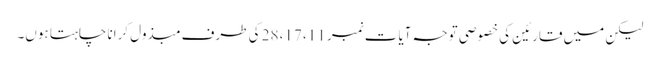
لیکن میں قارئین کی خصوصی توجہ آیات نمبر 11، 17، 28 کی طرف مبذول کرانا چاہتا ہوں۔